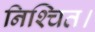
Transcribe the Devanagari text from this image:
निश्‍चित।